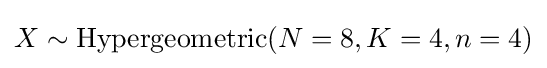
X\sim \operatorname {Hypergeometric} (N=8,K=4,n=4)